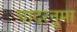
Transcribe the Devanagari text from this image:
चादरनुमा